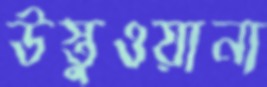
উস্তুওয়ানা